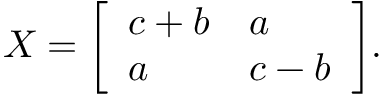
X = { \left[ \begin{array} { l l } { c + b } & { a } \\ { a } & { c - b } \end{array} \right] } .